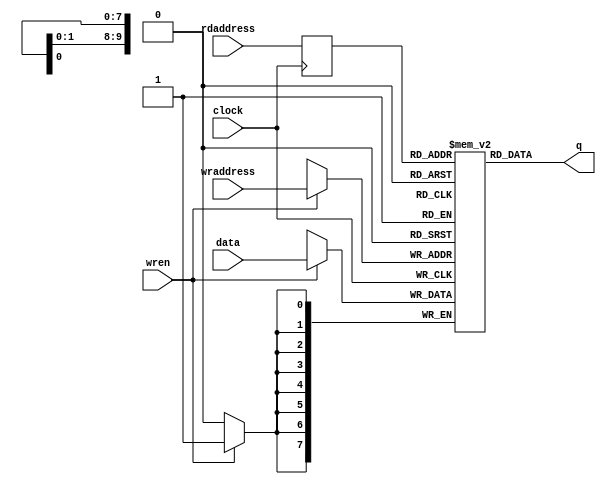
// This program was cloned from: https://github.com/MongooseOrion/FPGA_atoms
// License: MIT License

module dpram
       #(
         parameter WIDTH = 8,
         parameter DEPTH = 10
       )
       ( input                   clock,
         input    [WIDTH-1:0]    data,
         input    [DEPTH-1:0]    wraddress,
         input    [DEPTH-1:0]    rdaddress,
         input                   wren,
         output   [WIDTH-1:0]    q
       );
       
reg [WIDTH-1:0] ram[2**DEPTH-1:0];   //declare ram
reg [DEPTH-1:0] raddr_reg ;

always @ (posedge clock)
  begin
    if (wren)                //write
      ram[wraddress] <= data;
      raddr_reg <= rdaddress ;
  end
  
assign q = ram[raddr_reg] ;

endmodule